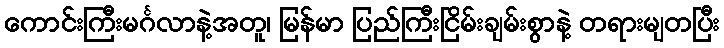
ကောင်းကြီးမင်္ဂလာနဲ့အတူ၊ မြန်မာ ပြည်ကြီးငြိမ်းချမ်းစွာနဲ့ တရားမျတပြီး